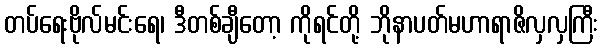
တပ်ရေးဗိုလ်မင်းရေ၊ ဒီတစ်ချီတော့ ကိုရင်တို့ ဘိုနာပတ်မဟာရာဇိလှလှကြီး